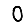
Digit: 0